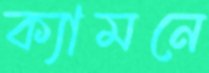
ক্যামনে